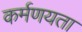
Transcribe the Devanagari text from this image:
कर्मणयता